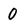
Character: 0